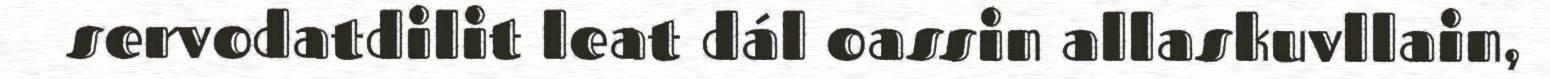
servodatdilit leat dál oassin allaskuvllain,